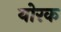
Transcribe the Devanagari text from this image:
योरक